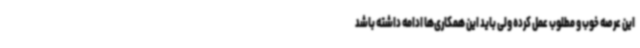
این عرصه خوب و مطلوب عمل کرده ولی باید این همکاری‌ها ادامه داشته باشد